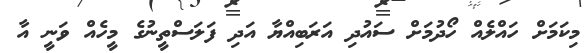
މިކަމަށް ހައްލެއް ހޯދުމަށް ސައުދި އަރަބިއްޔާ އަދި ފަލަސްތީނުގެ މީހެއް ވަނީ އާ